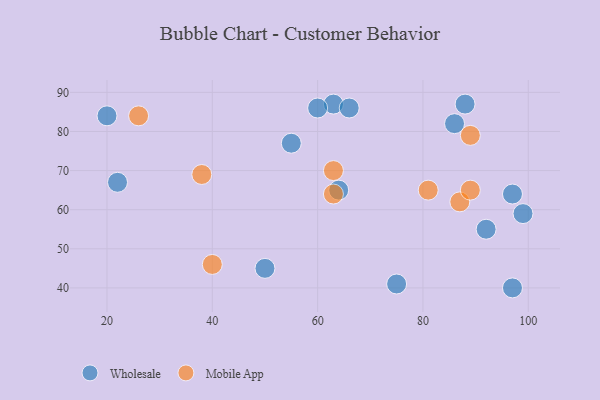
{"axis": {"x": "GDP", "y": "Life Expectancy"}, "legend": ["Mobile App", "Wholesale"], "data": [{"x": "86", "y": 82, "type": "Wholesale"}, {"x": "88", "y": 87, "type": "Wholesale"}, {"x": "63", "y": 87, "type": "Wholesale"}, {"x": "92", "y": 55, "type": "Wholesale"}, {"x": "66", "y": 86, "type": "Wholesale"}, {"x": "60", "y": 86, "type": "Wholesale"}, {"x": "97", "y": 64, "type": "Wholesale"}, {"x": "22", "y": 67, "type": "Wholesale"}, {"x": "64", "y": 65, "type": "Wholesale"}, {"x": "75", "y": 41, "type": "Wholesale"}, {"x": "97", "y": 40, "type": "Wholesale"}, {"x": "20", "y": 84, "type": "Wholesale"}, {"x": "99", "y": 59, "type": "Wholesale"}, {"x": "55", "y": 77, "type": "Wholesale"}, {"x": "50", "y": 45, "type": "Wholesale"}, {"x": "87", "y": 62, "type": "Mobile App"}, {"x": "81", "y": 65, "type": "Mobile App"}, {"x": "40", "y": 46, "type": "Mobile App"}, {"x": "63", "y": 70, "type": "Mobile App"}, {"x": "89", "y": 65, "type": "Mobile App"}, {"x": "26", "y": 84, "type": "Mobile App"}, {"x": "63", "y": 64, "type": "Mobile App"}, {"x": "89", "y": 79, "type": "Mobile App"}, {"x": "38", "y": 69, "type": "Mobile App"}]}